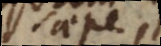
saepe de